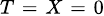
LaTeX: \scriptstyle T\; =\; X\; =\; 0